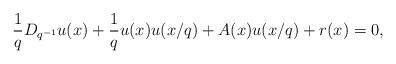
LaTeX: \begin{align*} \frac{1}{q} D_{q^{-1}} u(x)+\frac{1}{q} u(x) u(x/q)+ A(x) u(x/q)+r(x)= 0,\end{align*}